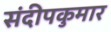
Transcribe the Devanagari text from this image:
संदीपकुमार